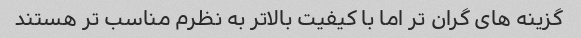
گزینه های گران تر اما با کیفیت بالاتر به نظرم مناسب تر هستند